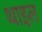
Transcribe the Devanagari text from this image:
थाइल